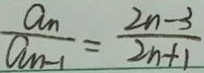
\frac { a _ { n } } { a _ { n - 1 } } = \frac { 2 n - 3 } { 2 n + 1 }